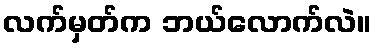
လက်မှတ်က ဘယ်လောက်လဲ။